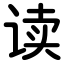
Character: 读